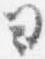
ヨ